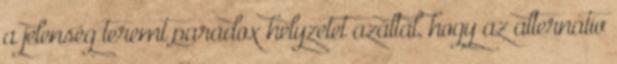
a jelenség teremt paradox helyzetet azáltal, hogy az alternatív